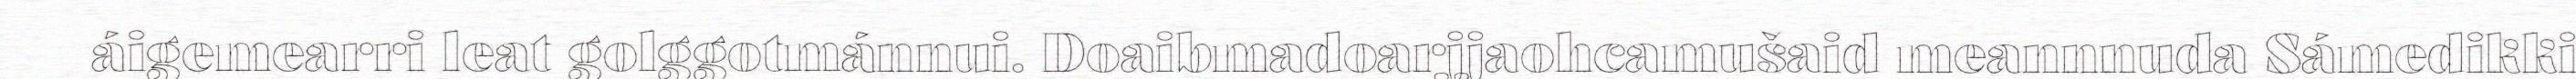
áigemearri leat golggotmánnui. Doaibmadoarjjaohcamušaid meannnuda Sámedikki